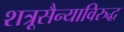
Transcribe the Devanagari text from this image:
शत्रूसैन्याविरुद्ध